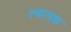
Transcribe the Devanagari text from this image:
त्यागक